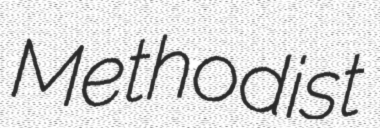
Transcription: Methodist